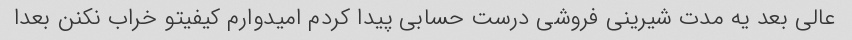
عالی بعد یه مدت شیرینی فروشی درست حسابی پیدا کردم امیدوارم کیفیتو خراب نکنن بعدا